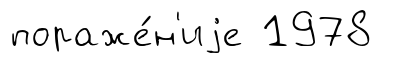
пораже́н'иjе 1978